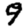
Digit: 9